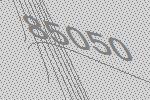
85050